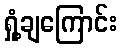
ရှုံ့ချကြောင်း